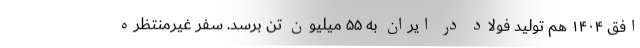
افق ۱۴۰۴ هم تولید فولاد در ایران به ۵۵ میلیون تن برسد. سفر غیرمنتظره